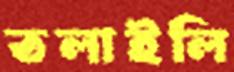
তলাইলি